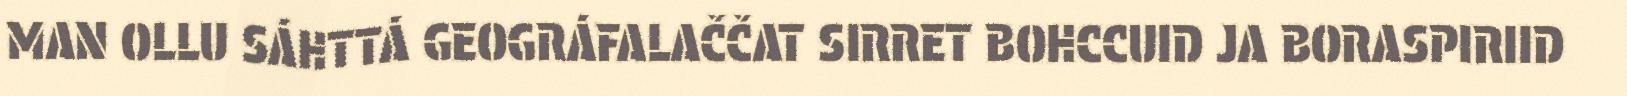
MAN OLLU SÁHTTÁ GEOGRÁFALAČČAT SIRRET BOHCCUID JA BORASPIRIID